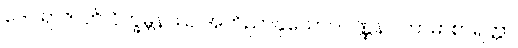
ဒေဝရာဇာတိ ဝိက္ခမ္ဘနဿ အဘိညာနုယောဂဝဏ္ဏနာ ကာမာစာရတ္တာ